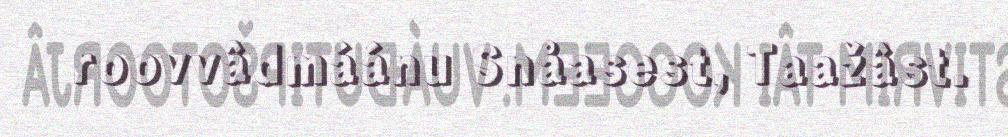
roovvâdmáánu Snåasest, Taažâst.